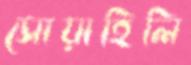
সোয়াহিলি